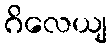
ဂိလေယျ